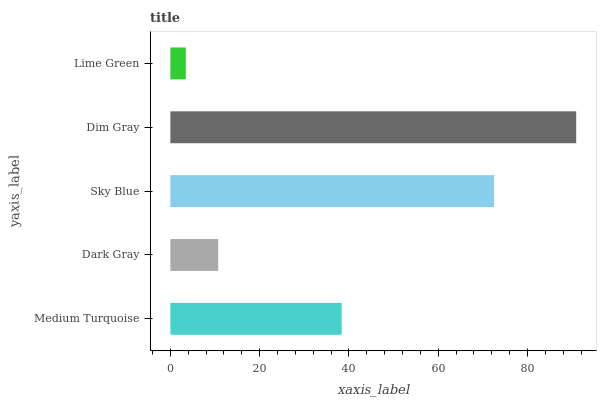
| yaxis_label | bars |
 | --- | --- |
 | Medium Turquoise | 38.4 |
 | Dark Gray | 10.7 |
 | Sky Blue | 72.5 |
 | Dim Gray | 90.9 |
 | Lime Green | 3.46 |